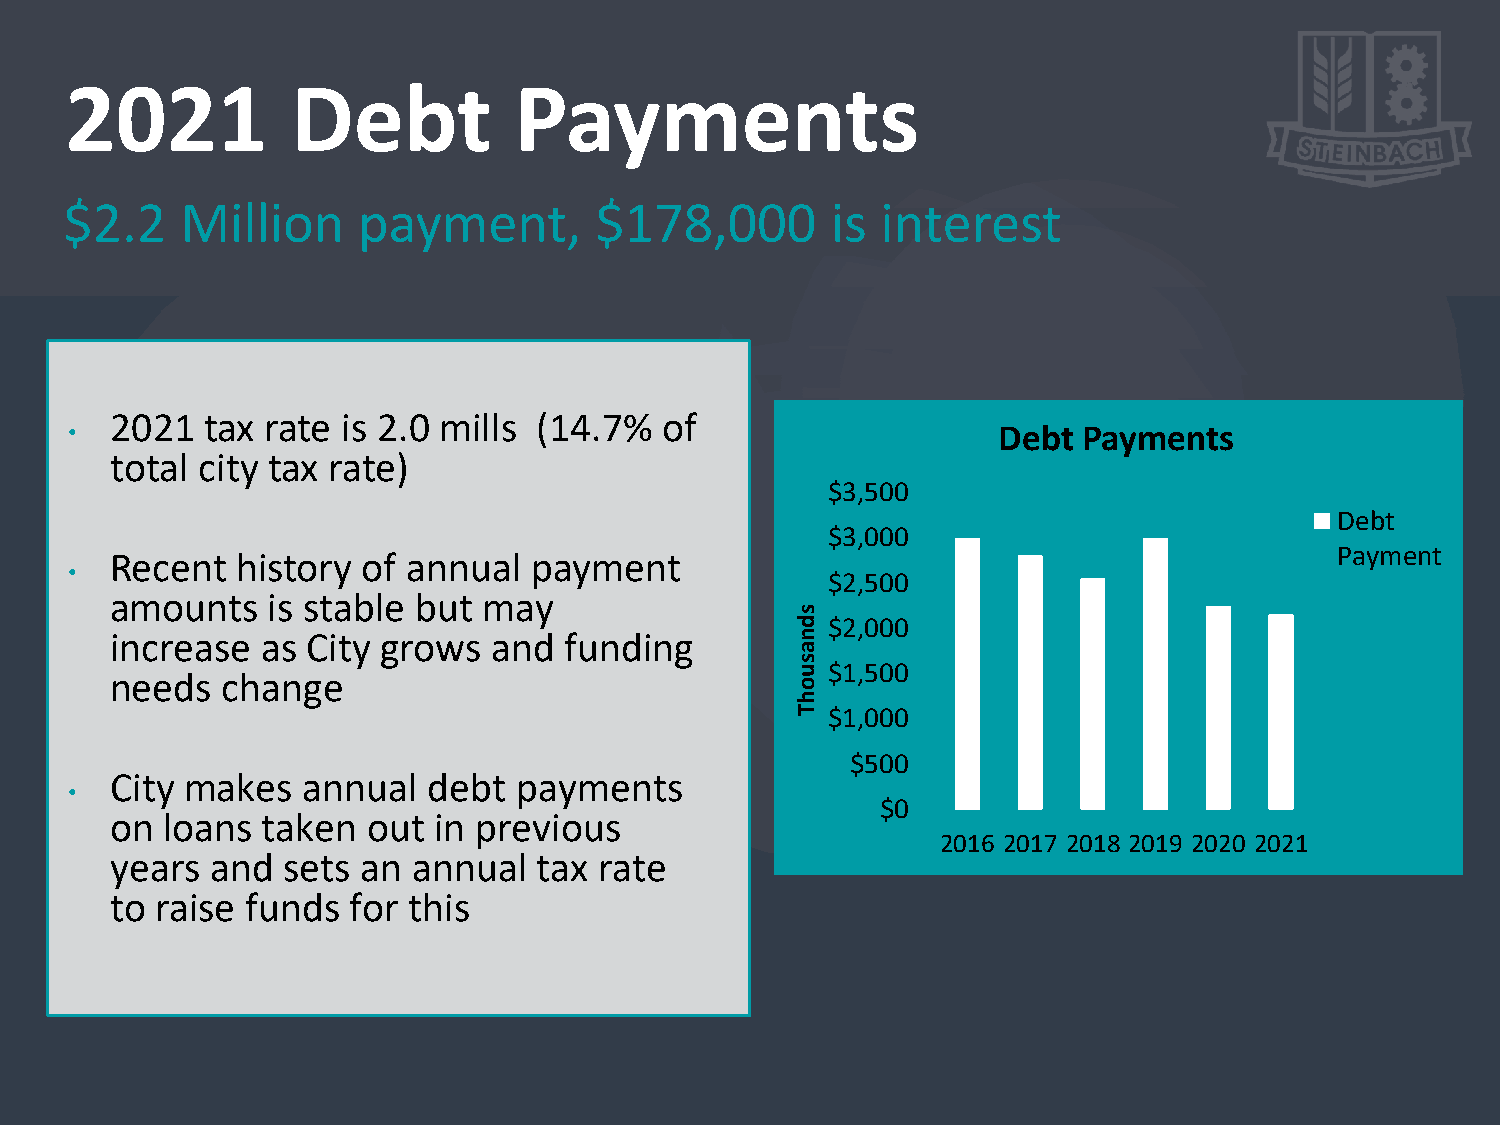
2021           Debt           Payments
 $2.2    Million     payment,       $178,000        is interest
 2021  tax rate  is 2.0 mills (14.7%  of
 •                                                            Debt  Payments
 total city tax rate)
 $3,500
 Debt
 $3,000
 Payment
 Recent   history of annual  payment
 •
 $2,500
 amounts    is stable but may
 $2,000
 increase  as City grows  and  funding
 $1,500
 needs   change
 $1,000
 $500
 City makes   annual  debt  payments
 •
 $0
 on  loans taken  out  in previous
 2016 2017 2018 2019 2020 2021
 years  and  sets an annual   tax rate
 to raise funds  for this
 sdnasuohT